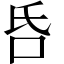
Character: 𠯑